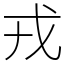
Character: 戎